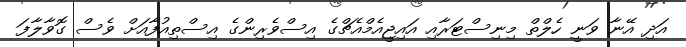
އަދި އޭނާ ވަނީ ހެލްތް މިނިސްޓަރާއި އައިޖީއެމްއެޗްގެ އިސްވެރިންގެ އިސްތިއުފާއަށް ވެސް ގޮވާލާފަ